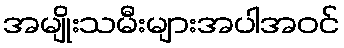
အမျိုးသမီးများအပါအဝင်